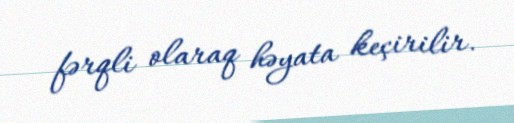
fərqli olaraq həyata keçirilir.